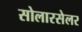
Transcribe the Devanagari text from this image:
सोलारसेलर